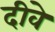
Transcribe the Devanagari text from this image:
दीवे